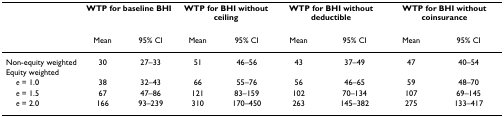
<table><thead><tr><td></td><td colspan="2"><b>WTP for baseline BHI</b></td><td colspan="2"><b>WTP for BHI without ceiling</b></td><td colspan="2"><b>WTP for BHI without deductible</b></td><td colspan="2"><b>WTP for BHI without coinsurance</b></td></tr></thead><tbody><tr><td></td><td>Mean</td><td>95% CI</td><td>Mean</td><td>95% CI</td><td>Mean</td><td>95% CI</td><td>Mean</td><td>95% CI</td></tr><tr><td>Non-equity weighted</td><td>30</td><td>27–33</td><td>51</td><td>46–56</td><td>43</td><td>37–49</td><td>47</td><td>40–54</td></tr><tr><td>Equity weighted</td><td></td><td></td><td></td><td></td><td></td><td></td><td></td><td></td></tr><tr><td> <i>e </i>= 1.0</td><td>38</td><td>32–43</td><td>66</td><td>55–76</td><td>56</td><td>46–65</td><td>59</td><td>48–70</td></tr><tr><td> <i>e </i>= 1.5</td><td>67</td><td>47–86</td><td>121</td><td>83–159</td><td>102</td><td>70–134</td><td>107</td><td>69–145</td></tr><tr><td> <i>e </i>= 2.0</td><td>166</td><td>93–239</td><td>310</td><td>170–450</td><td>263</td><td>145–382</td><td>275</td><td>133–417</td></tr></tbody></table>